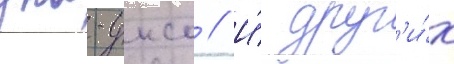
уна-унсо // И́ друг'и́х